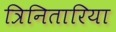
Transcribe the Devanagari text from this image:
त्रिनितारिया